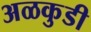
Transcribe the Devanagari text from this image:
अळकुडी